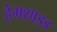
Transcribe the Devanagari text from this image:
हेमशाइड